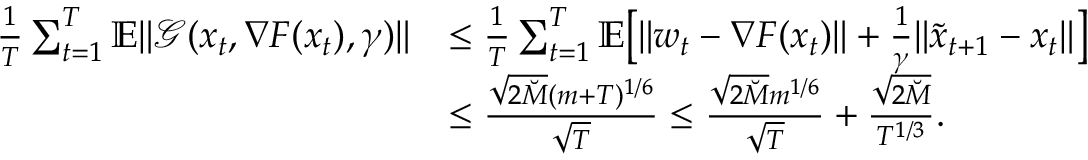
\begin{array} { r l } { \frac { 1 } { T } \sum _ { t = 1 } ^ { T } \mathbb { E } \| \mathcal { G } ( x _ { t } , \nabla F ( x _ { t } ) , \gamma ) \| } & { \leq \frac { 1 } { T } \sum _ { t = 1 } ^ { T } \mathbb { E } \big [ \| w _ { t } - \nabla F ( x _ { t } ) \| + \frac { 1 } { \gamma } \| \tilde { x } _ { t + 1 } - x _ { t } \| \big ] } \\ & { \leq \frac { \sqrt { 2 \breve { M } } ( m + T ) ^ { 1 / 6 } } { \sqrt { T } } \leq \frac { \sqrt { 2 \breve { M } } m ^ { 1 / 6 } } { \sqrt { T } } + \frac { \sqrt { 2 \breve { M } } } { T ^ { 1 / 3 } } . } \end{array}